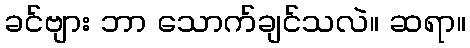
ခင်ဗျား ဘာ သောက်ချင်သလဲ။ ဆရာ။